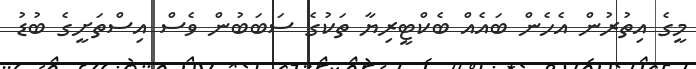
މީގެ އިތުރުން އެހެން ބައެއް ބެކްޓީރިޔާ ތަކުގެ ސަބަބުން ވެސް އިސްތަށީގެ ބުޑު